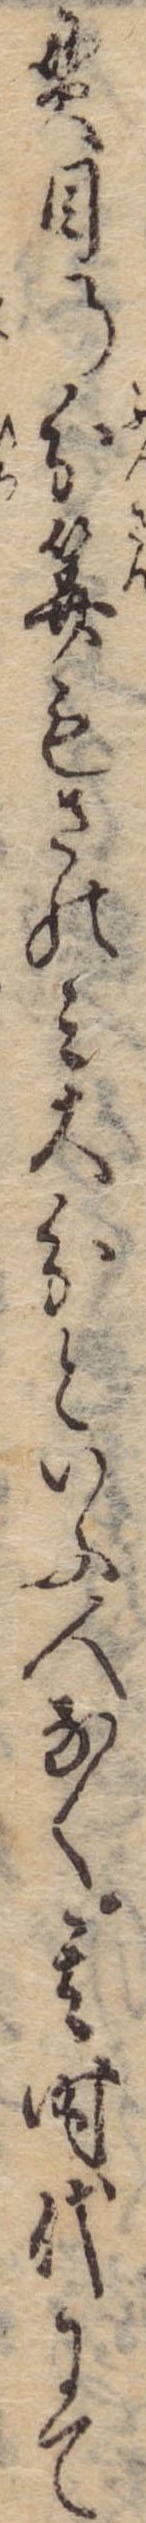
貫目の分算もさのみ大分といふ人なく其時代にて